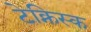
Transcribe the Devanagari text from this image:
टेक्निस्क